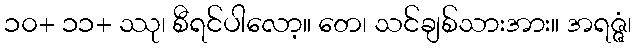
၁၀+ ၁၁+ ဿု၊ စီရင်ပါလော့။ တေ၊ သင်ချစ်သားအား။ အရဇ္ဇံ၊